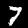
Digit: 7